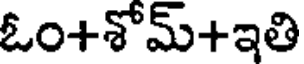
ఓం+శోమ్+ఇతి